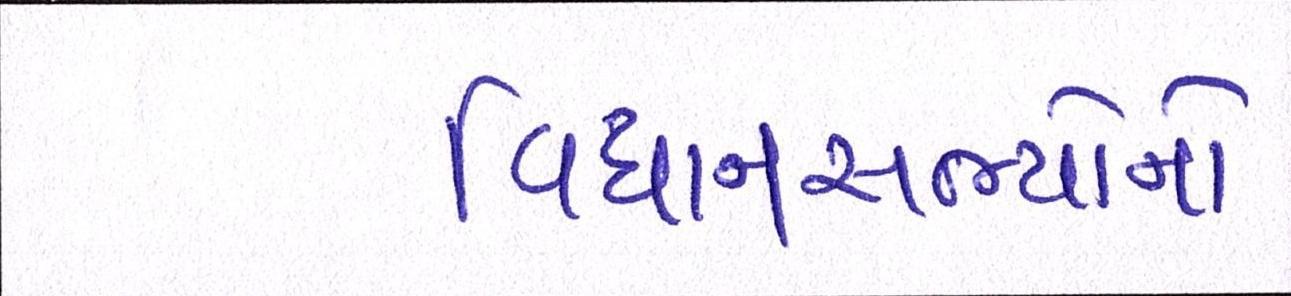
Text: વિધાનસભ્યોનો